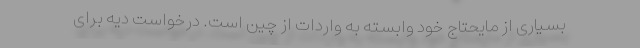
بسیاری از مایحتاج خود وابسته به واردات از چین است. درخواست دیه برای